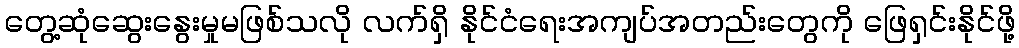
တွေ့ဆုံဆွေးနွေးမှုမဖြစ်သလို လက်ရှိ နိုင်ငံရေးအကျပ်အတည်းတွေကို ဖြေရှင်းနိုင်ဖို့